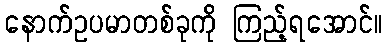
နောက်ဥပမာတစ်ခုကို ကြည့်ရအောင်။